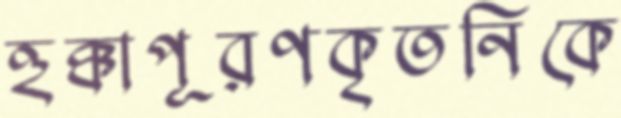
হুক্কাপূরণকৃতনিকে